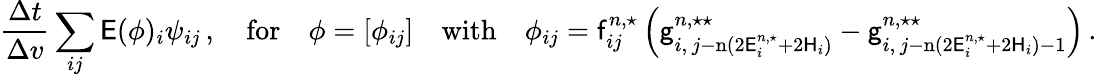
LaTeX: \frac{\Delta t}{\Delta v}\sum_{ij}\mathsf{E}(\phi)_{i}\psi_{ij}\, ,\quad\mathrm{for}\quad\phi=[\phi_{ij}]\quad\mathrm{with}\quad\phi_{ij}=\mathsf{f}_{ij}^{n,\star}\left(\mathsf{g}_{i,\, j-\mathrm{n}(2\mathsf{E}_{i}^{n,\star}+2\mathsf{H}_{i})}^{n,\star\star}-\mathsf{g}_{i,\, j-\mathrm{n}(2\mathsf{E}_{i}^{n,\star}+2\mathsf{H}_{i})-1}^{n,\star\star}\right)\, .